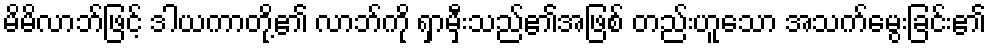
မိမိလာဘ်ဖြင့် ဒါယကာတို့၏ လာဘ်ကို ရှာမှီးသည်၏အဖြစ် တည်းဟူသော အသက်မွေးခြင်း၏